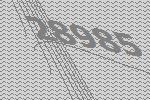
28985